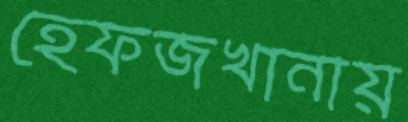
হেফজখানায়